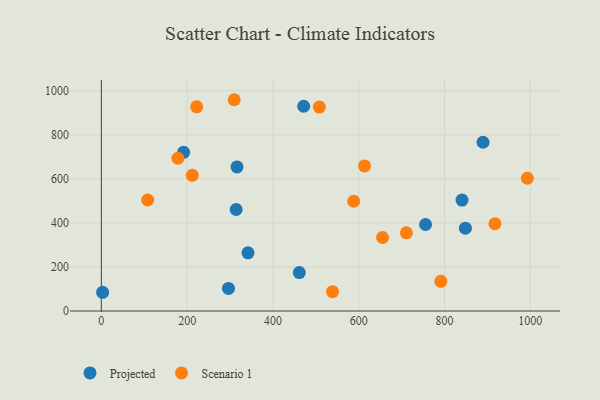
{"axis": {"x": "Distance", "y": "Sales"}, "legend": ["Projected", "Scenario 1"], "data": [{"x": "755.8", "y": 392.6, "type": "Projected"}, {"x": "341.9", "y": 264.1, "type": "Projected"}, {"x": "191.8", "y": 719.9, "type": "Projected"}, {"x": "889.8", "y": 765.9, "type": "Projected"}, {"x": "296.4", "y": 102.7, "type": "Projected"}, {"x": "840.8", "y": 503.4, "type": "Projected"}, {"x": "3.0", "y": 85.1, "type": "Projected"}, {"x": "461.5", "y": 174.4, "type": "Projected"}, {"x": "314.3", "y": 460.8, "type": "Projected"}, {"x": "471.7", "y": 929.3, "type": "Projected"}, {"x": "316.3", "y": 654.1, "type": "Projected"}, {"x": "848.7", "y": 376.1, "type": "Projected"}, {"x": "508.2", "y": 925.6, "type": "Scenario 1"}, {"x": "993.2", "y": 602.5, "type": "Scenario 1"}, {"x": "178.5", "y": 693.2, "type": "Scenario 1"}, {"x": "309.8", "y": 958.8, "type": "Scenario 1"}, {"x": "222.3", "y": 926.8, "type": "Scenario 1"}, {"x": "539.0", "y": 87.8, "type": "Scenario 1"}, {"x": "917.6", "y": 396.0, "type": "Scenario 1"}, {"x": "212.1", "y": 615.8, "type": "Scenario 1"}, {"x": "613.6", "y": 658.4, "type": "Scenario 1"}, {"x": "655.6", "y": 333.7, "type": "Scenario 1"}, {"x": "791.4", "y": 134.9, "type": "Scenario 1"}, {"x": "108.0", "y": 503.7, "type": "Scenario 1"}, {"x": "588.4", "y": 498.2, "type": "Scenario 1"}, {"x": "711.2", "y": 354.7, "type": "Scenario 1"}]}